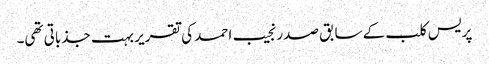
پریس کلب کے سابق صدر نجیب احمد کی تقریر بہت جذباتی تھی۔